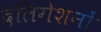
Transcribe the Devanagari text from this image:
देलिगेशनों